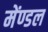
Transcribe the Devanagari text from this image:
मेंण्डल